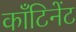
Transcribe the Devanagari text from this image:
काँटिनेंट